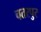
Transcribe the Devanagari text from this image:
चतरपुर